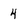
Character: 4